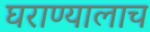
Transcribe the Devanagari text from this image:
घराण्यालाच